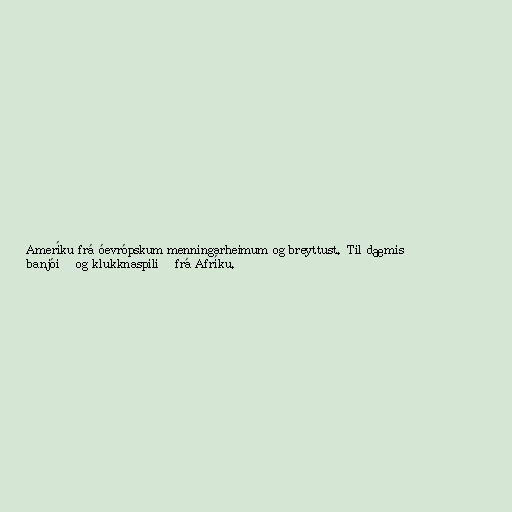
Ameríku frá óevrópskum menningarheimum og breyttust. Til dæmis
banjóið og klukknaspilið frá Afríku.